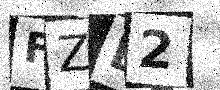
Text: FZB2